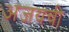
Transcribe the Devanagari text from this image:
अजयची